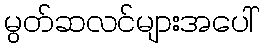
မွတ်ဆလင်များအပေါ်